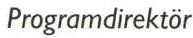
Programdirektör